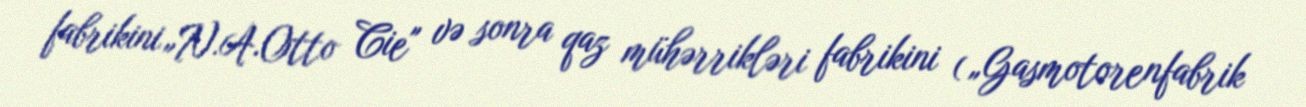
fabrikini„N.A.Otto Cie" və sonra qaz mühərrikləri fabrikini („Gasmotorenfabrik